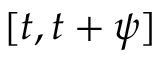
[ t , t + \psi ]